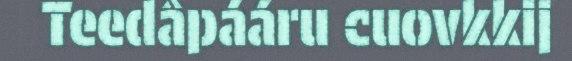
Teedâpááru cuovkkij